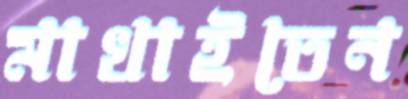
মাখাইতেন